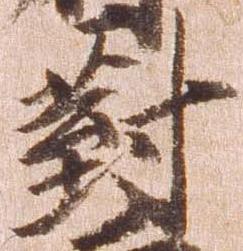
対